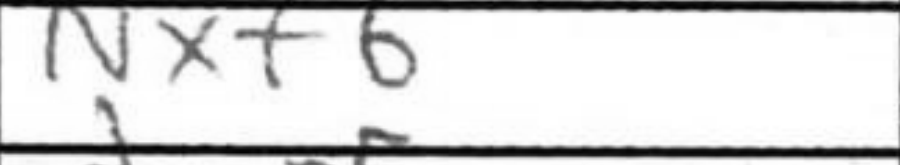
Transcription: Nxf6